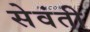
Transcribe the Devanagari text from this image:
सेवंती